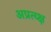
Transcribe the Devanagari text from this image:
अप्रत्य्क्ष